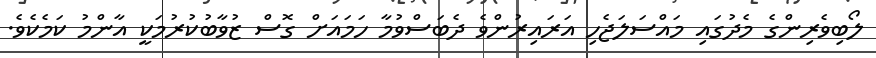
ލޯބިވެރިންގެ މެދުގައި މައްސަލަޖެހި އަރައިރުންވެ ދެބަސްވުމާ ހަމައަށް ގޮސް ޒުވާބުކުރުމަކީ އާންމު ކަމެކެވެ.